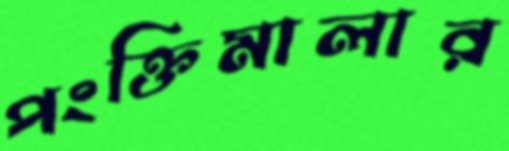
পংক্তিমালার